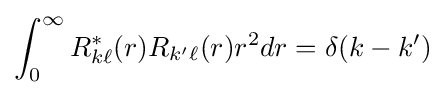
\int _{0}^{\infty }R_{k\ell }^{\ast }(r)R_{k'\ell }(r)r^{2}dr=\delta (k-k')